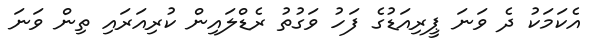
އެކަމަކު ދެ ވަނަ ޕީރިއަޑުގެ ފަހު ވަގުތު ރެޑްލައިން ކުރިއަރައި ތިން ވަނަ